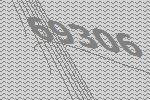
69306